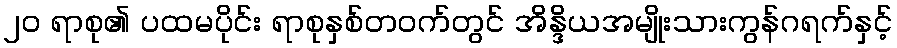
၂၀ ရာစု၏ ပထမပိုင်း ရာစုနှစ်တဝက်တွင် အိန္ဒိယအမျိုးသားကွန်ဂရက်နှင့်